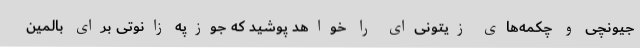
جیونچی و چکمه‌های زیتونی‌ای را خواهد پوشید که جوزپه زانوتی برای بالمین